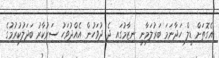
އެގޮތަށް ޑީލް ހަދާނަމަ ބަރުލަމާނީ ނިޒާމުގައި ދެ ދުވަހުން އެއްދުވަހު ސަރުކާރު ބަދަލުކުރުމުގެ